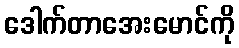
ဒေါက်တာအေးမောင်ကို